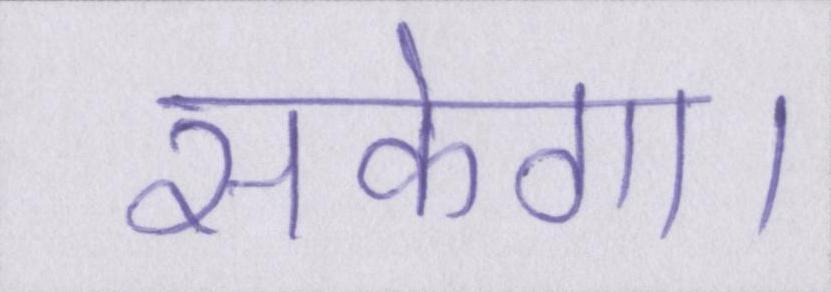
सकेगा।